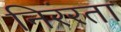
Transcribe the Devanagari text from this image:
निरंरता